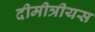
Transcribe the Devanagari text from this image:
दीमीत्रीयस